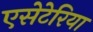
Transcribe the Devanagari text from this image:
एसेटेरिया